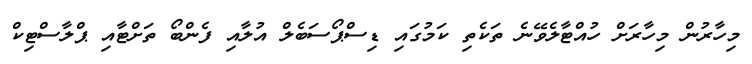
މިހާރުން މިހާރަށް ހުއްޓާލެވޭނެ ތަކެތި ކަމުގައި ޑިސްޕޯސަބެލް އުލާއި ފެންބޯ ތަށްޓާއި ޕްލާސްޓިކް